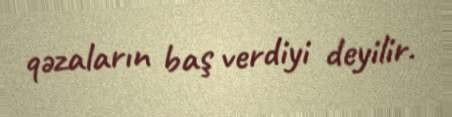
qəzaların baş verdiyi deyilir.